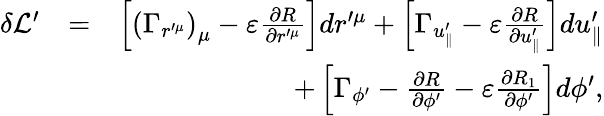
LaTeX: \begin{array}{rlr}{\delta\mathcal{L}^{\prime}}&{=}&{\left[\left(\Gamma_{r^{\prime\mu}}\right)_{\mu}-\varepsilon\frac{\partial R}{\partial r^{\prime\mu}}\right]dr^{\prime\mu}+\left[\Gamma_{u_{\parallel}^{\prime}}-\varepsilon\frac{\partial R}{\partial u_{\parallel}^{\prime}}\right]du_{\parallel}^{\prime}}\\ &{}&{+\left[\Gamma_{\phi^{\prime}}-\frac{\partial R}{\partial\phi^{\prime}}-\varepsilon\frac{\partial R_{1}}{\partial\phi^{\prime}}\right]d\phi^{\prime},}\end{array}